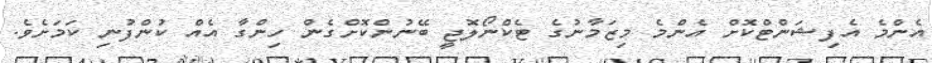
އެންމެ އެފިޝަންޓްކޮށް އެންމެ މިޒަމާނުގެ ޓެކްނޯލޮޖީ ބޭނުންކޮށްގެން ހިންގާ އެއް ކުންފުނި ކަމަށެވެ.